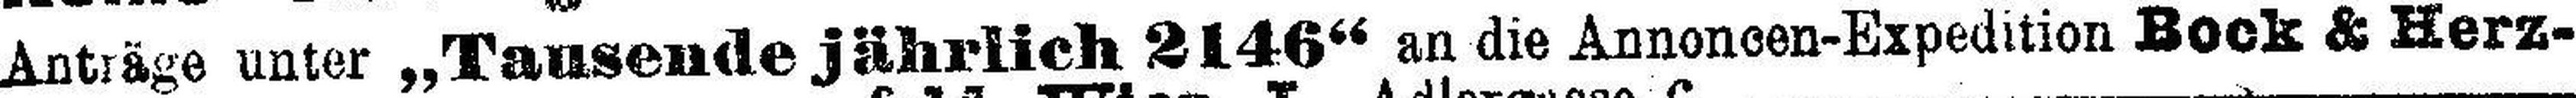
Anträge unter „Tausende jährlich 2146" an die Annoncen-Expedition Bock & Herz¬